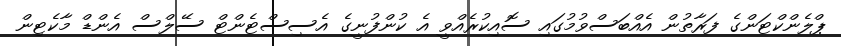
ޕްލެންކްޓަންގެ ފަރާތުން އެއްބަސްވުމުގައި ސޮއިކުރެއްވީ އެ ކުންފުނީގެ އެސިސްޓެންޓް ސޭލްސް އެންޑް މާކެޓިން